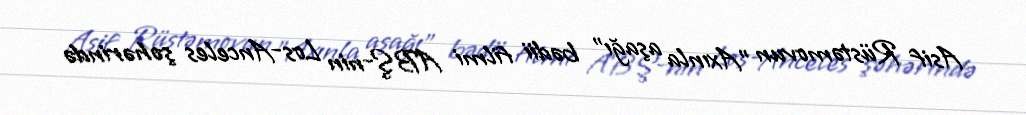
Asif Rüstəmovun "Axınla aşağı" bədii filmi ABŞ-nin Los-Anceles şəhərində